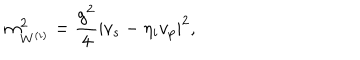
LaTeX: m _ { W ^ { ( i ) } } ^ { 2 } = \frac { g ^ { 2 } } { 4 } | v _ { s } - \eta _ { i } v _ { p } | ^ { 2 } ,